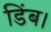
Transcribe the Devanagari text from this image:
डिंब।